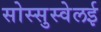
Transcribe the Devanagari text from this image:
सोस्सुस्वेलई